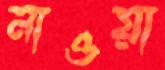
নাওয়া